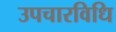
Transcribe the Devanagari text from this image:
उपचारविधि